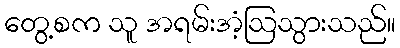
တွေ့စက သူ အရမ်းအံ့ဩသွားသည်။